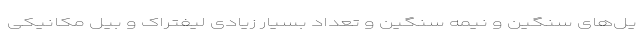
یل‌های سنگین و نیمه سنگین و تعداد بسیار زیادی لیفتراک و بیل مکانیکی